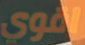
اقوي